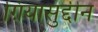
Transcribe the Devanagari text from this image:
ग़ियासुद्दीन